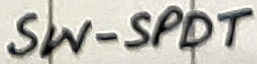
Text: SW-SPDT